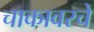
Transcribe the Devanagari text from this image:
चाकावरचे